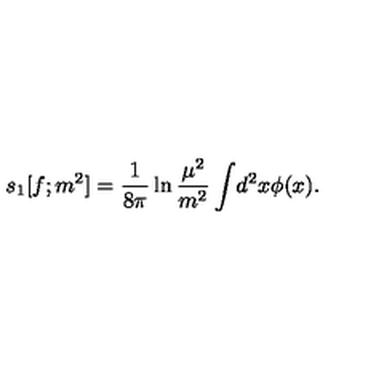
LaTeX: s _ { 1 } [ f ; m ^ { 2 } ] = { \frac { 1 } { 8 \pi } } \ln { \frac { \mu ^ { 2 } } { m ^ { 2 } } } \int \! d ^ { 2 } x \phi ( x ) .